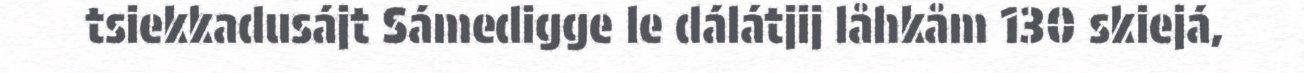
tsiekkadusájt Sámedigge le dálátjij låhkåm 130 skiejá,